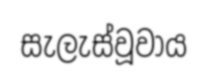
සැලැස්වූවාය